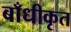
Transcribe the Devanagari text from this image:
बाँधीकृत